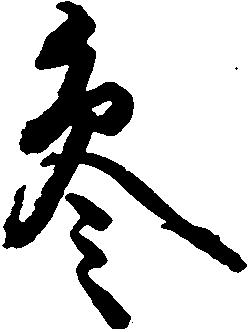
参